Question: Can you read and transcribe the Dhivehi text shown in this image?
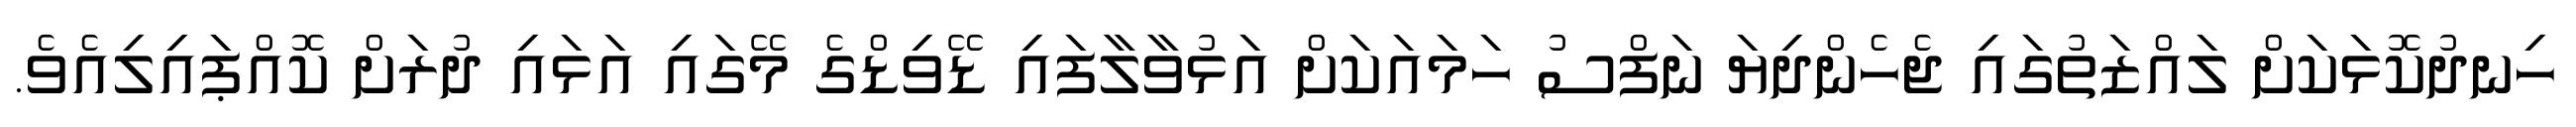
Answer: ހިނދުކޮޅަކަށް ލައްޒަތުގައި ޖެހެންދިޔަ ނަފްސު ހަމައަކަށް އަޅުވާލާފައި ޑޭވިޑްގެ މޭގައި އަޅައި ދުރަށް ކޮއްޕައިލިއެވެ.